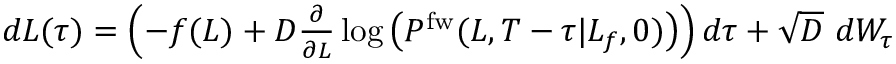
\begin{array} { r } { d L ( \tau ) = \left( - f ( L ) + D \frac { \partial } { \partial L } \log \left( P ^ { \mathrm { f w } } ( L , T - \tau | L _ { f } , 0 ) \right) \right) d \tau + \sqrt { D } \ d W _ { \tau } } \end{array}